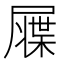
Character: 𡳙